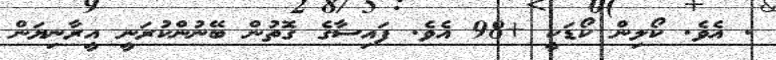
. އެވެ. ކޯލިން ކޯޑަކީ +98 އެވެ. ފައިސާގެ ގޮތުން ބޭނުންކުރަނީ އީރާނިޔަން